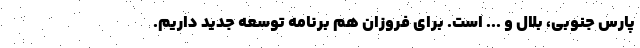
پارس جنوبی، بلال و ... است. برای فروزان هم برنامه توسعه جدید داریم.